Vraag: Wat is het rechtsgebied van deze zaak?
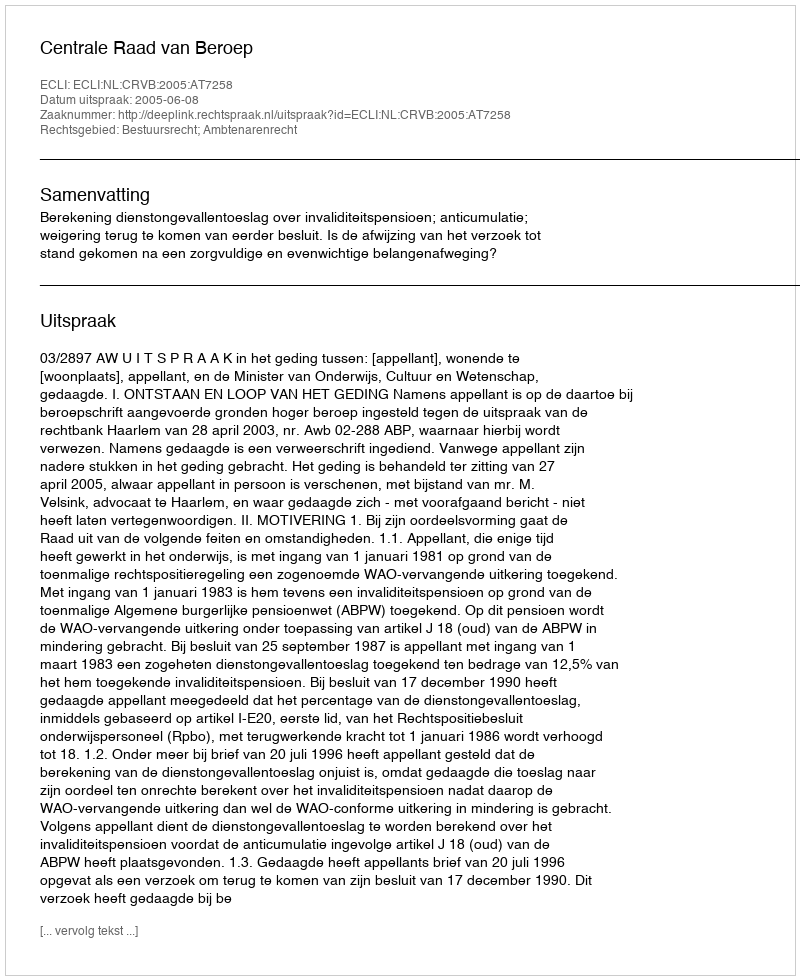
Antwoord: Bestuursrecht; Ambtenarenrecht